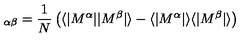
\protectm _ { \alpha \beta } = { \frac { 1 } { N } } \left( \langle | M ^ { \alpha } | | M ^ { \beta } | \rangle - \langle | M ^ { \alpha } | \rangle \langle | M ^ { \beta } | \rangle \right)